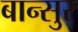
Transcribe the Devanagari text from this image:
बान्सुर